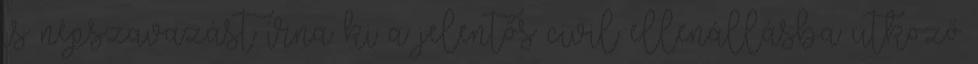
is népszavazást írna ki a jelentős civil ellenállásba ütköző